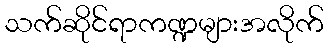
သက်ဆိုင်ရာကဏ္ဍများအလိုက်